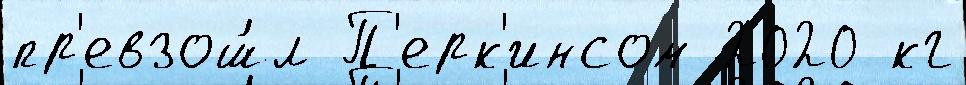
пр'евзош́л П'ерк'инсом 2020 кг